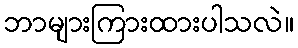
ဘာများကြားထားပါသလဲ။